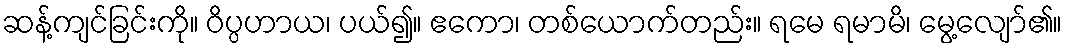
ဆန့်ကျင်ခြင်းကို။ ဝိပ္ပဟာယ၊ ပယ်၍။ ဧကော၊ တစ်ယောက်တည်း။ ရမေ ရမာမိ၊ မွေ့လျော်၏။